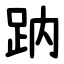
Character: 䟜